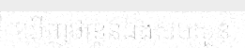
ឃើញថាខ្លួនឯងសមសួន